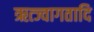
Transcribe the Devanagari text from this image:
ऋत्ज्वागतादि